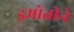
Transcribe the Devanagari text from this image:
इमोतोने